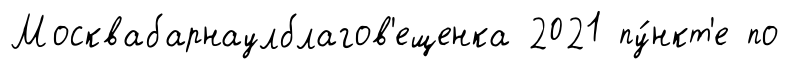
Москвабарнаулблагов'ещенка 2021 пу́нкт'е по